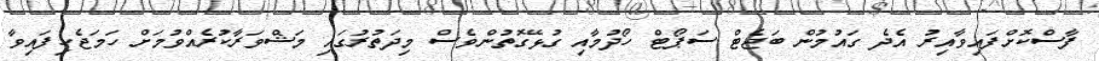
ފާސްކޮށްފައިވާއިރު އެދެ ގައުމުން ބަޖެޓް ސަޕޯޓް ހޯދުމާއި ގުޅޭގޮތުންވެސް މިދަތުރުގައި މަޝްވަރާކުރެއްވުމަށް ހަމަޖެހިފައިވާ